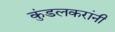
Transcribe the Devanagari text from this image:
कुंडलकरांनी